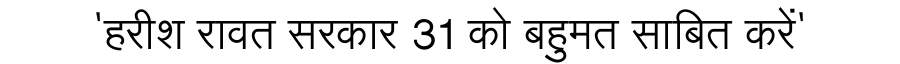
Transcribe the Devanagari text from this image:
'हरीश रावत सरकार 31 को बहुमत साबित करें'